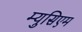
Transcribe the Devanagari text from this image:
म्युसिएम